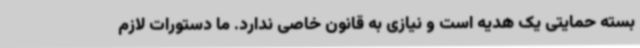
بسته حمایتی یک هدیه است و نیازی به قانون خاصی ندارد. ما دستورات لازم